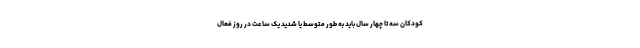
کودکان سه تا چهار سال باید به طور متوسط یا شدید یک ساعت در روز فعال